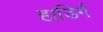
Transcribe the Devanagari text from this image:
हाडिर्गं